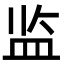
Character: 监